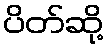
ပိတ်ဆို့